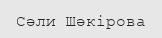
Сәли Шәкірова